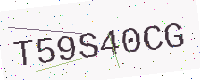
Text: T59S40CG